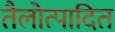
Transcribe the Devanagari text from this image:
तैलोत्पादित